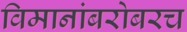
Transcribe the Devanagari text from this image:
विमानांबरोबरच